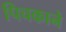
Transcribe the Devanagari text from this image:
पिचकाने